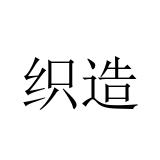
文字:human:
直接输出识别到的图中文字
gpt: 织造